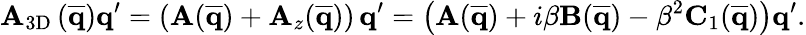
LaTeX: \mathbf{A}_{\mathrm{3D}}\, (\mathbf{\overline{{q}}})\mathbf{q}^{\prime}=(\mathbf{A}(\mathbf{\overline{{q}}})+\mathbf{A}_{z}(\mathbf{\overline{{q}}}))\, \mathbf{q}^{\prime}=\left(\mathbf{A}(\mathbf{\overline{{q}}})+i\beta\mathbf{B}(\mathbf{\overline{{q}}})-\beta^{2}\mathbf{C}_{1}(\mathbf{\overline{{q}}})\right)\mathbf{q}^{\prime}.